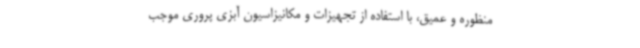
منظوره و عمیق، با استفاده از تجهیزات و مکانیزاسیون آبزی پروری موجب